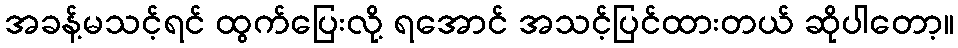
အခန့်မသင့်ရင် ထွက်ပြေးလို့ ရအောင် အသင့်ပြင်ထားတယ် ဆိုပါတော့။